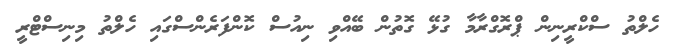
ހެލްތު ސްކްރީނިން ޕްރޮގްރާމާ ގުޅޭ ގޮތުން ބޭއްވި ނިއުސް ކޮންފަރެންސްގައި ހެލްތު މިނިސްޓްރީ